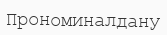
Прономиналдану